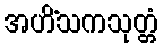
အဟိံသကသုတ္တံ